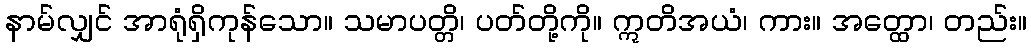
နာမ်လျှင် အာရုံရှိကုန်သော။ သမာပတ္တိ၊ ပတ်တို့ကို။ ဣတိအယံ၊ ကား။ အတ္ထော၊ တည်း။